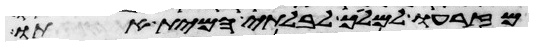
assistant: מזרעו למלך לבלתי המית אתו